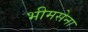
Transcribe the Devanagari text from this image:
भीमसेना